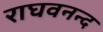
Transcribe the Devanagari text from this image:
राघवनन्द